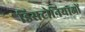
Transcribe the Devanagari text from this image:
डिसटोनियाओं